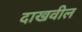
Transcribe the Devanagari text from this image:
दाखवील